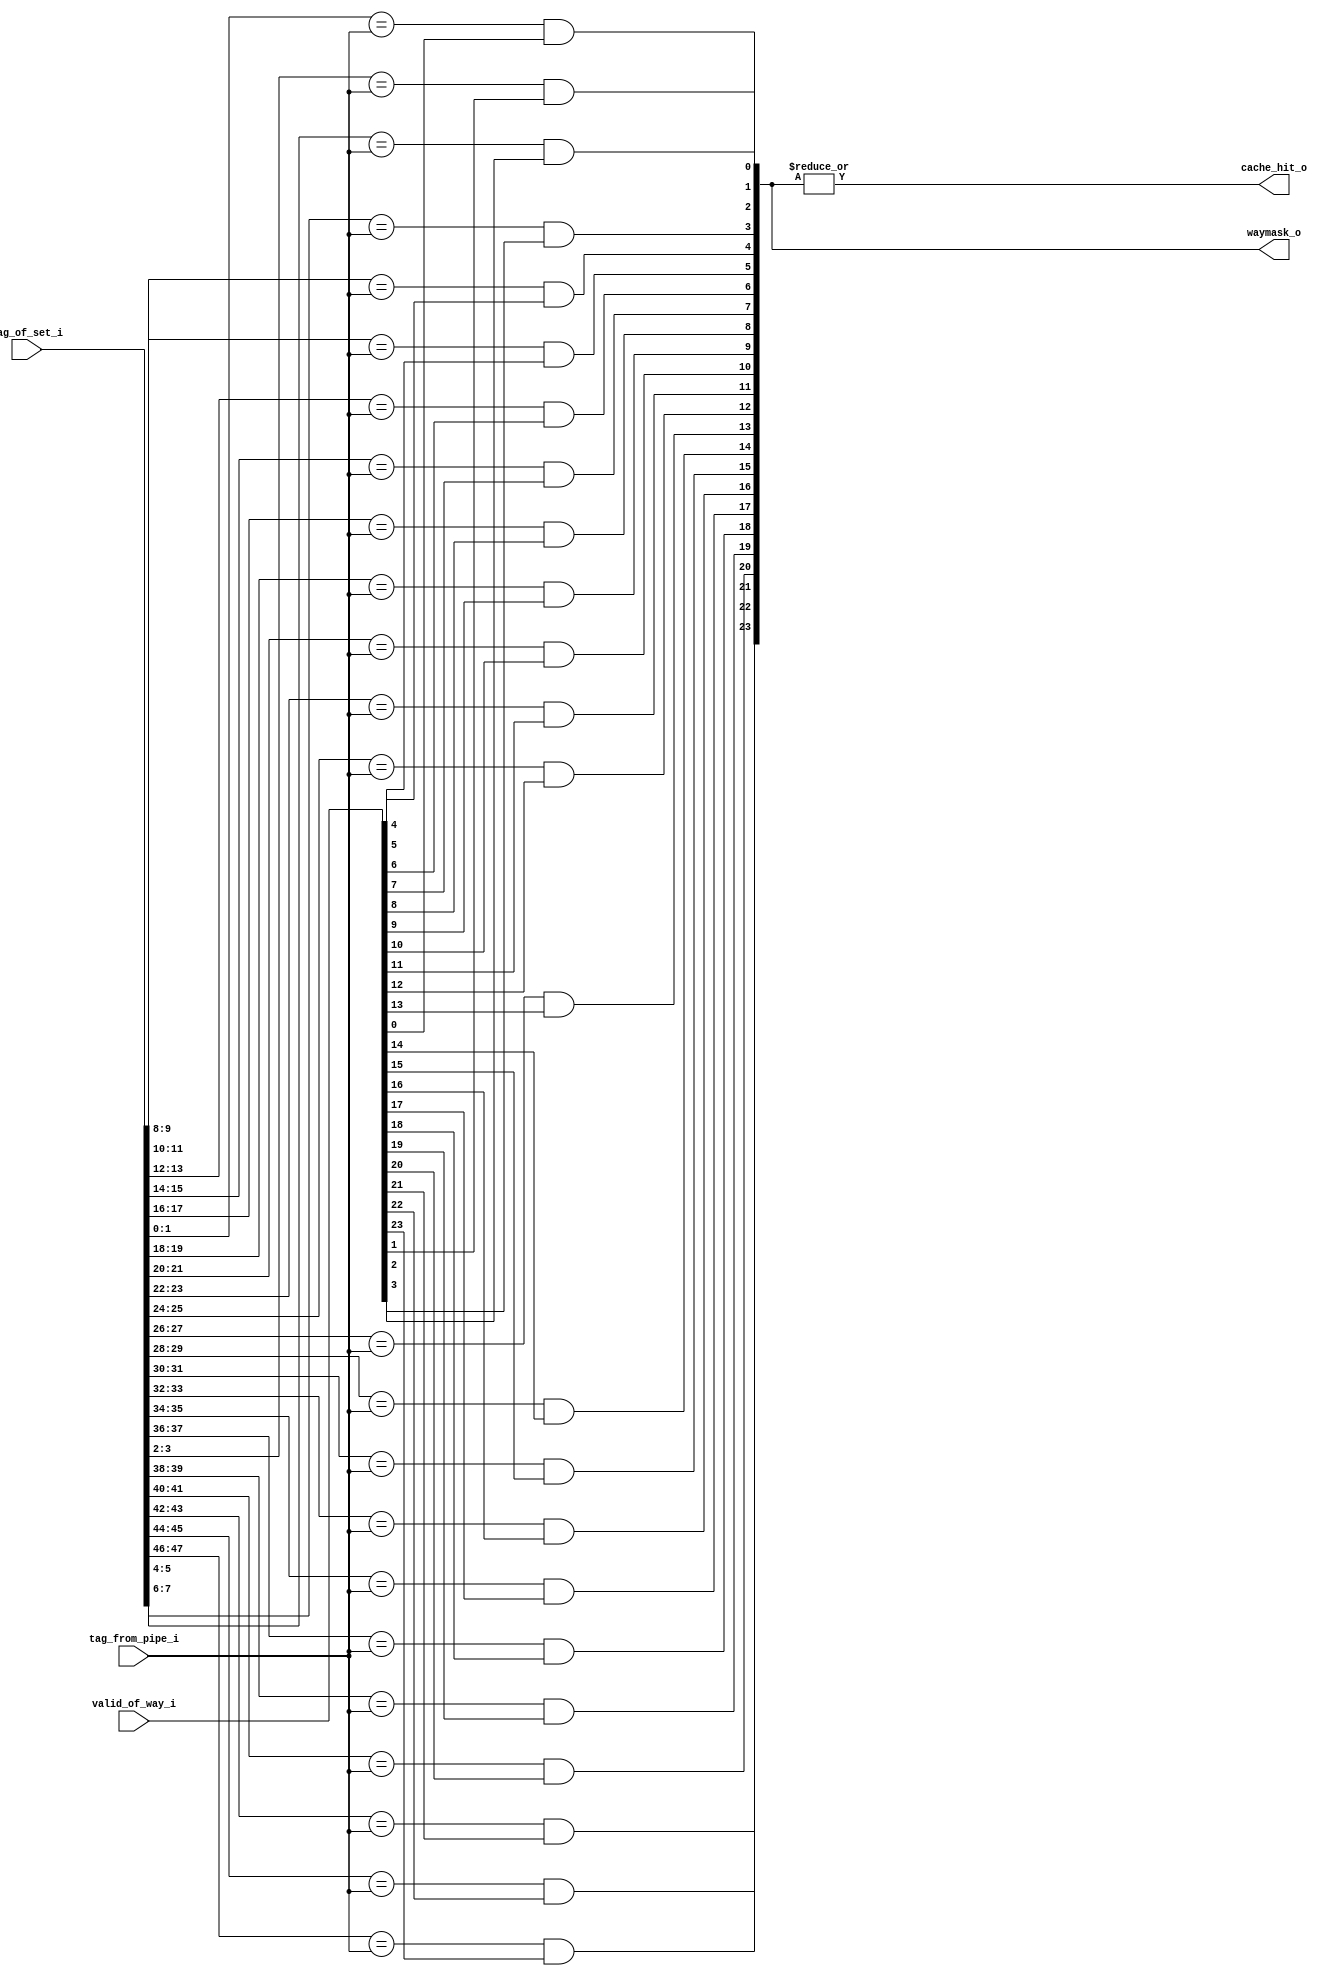
/*
 * Copyright (c) 2023-2024 C*Core Technology Co.,Ltd,Suzhou.
 * Ventus-RTL is licensed under Mulan PSL v2.
 * You can use this software according to the terms and conditions of the Mulan PSL v2.
 * You may obtain a copy of Mulan PSL v2 at:
 *          http://license.coscl.org.cn/MulanPSL2
 * THIS SOFTWARE IS PROVIDED ON AN "AS IS" BASIS, WITHOUT WARRANTIES OF ANY KIND,
 * EITHER EXPRESS OR IMPLIED, INCLUDING BUT NOT LIMITED TO NON-INFRINGEMENT,
 * MERCHANTABILITY OR FIT FOR A PARTICULAR PURPOSE.
 * See the Mulan PSL v2 for more details. */
// Description:
`timescale 1ns/1ps

module tag_checker #(
  parameter NUM_WAY   = 24   ,
  parameter TAG_BITS  = 2     
)
(
  //input                           clk                 ,
  //input                           rst_n               ,
  input   [TAG_BITS*NUM_WAY-1:0]  tag_of_set_i        ,
  input   [TAG_BITS-1:0]          tag_from_pipe_i     ,
  input   [NUM_WAY-1:0]           valid_of_way_i      ,
  output  [NUM_WAY-1:0]           waymask_o           , //  onehot
  output                          cache_hit_o          

);

  genvar i;
  generate
    for(i=0; i<NUM_WAY; i=i+1) begin:way_loop
      assign waymask_o[i] = tag_of_set_i[TAG_BITS*(i+1)-1-:TAG_BITS]==tag_from_pipe_i && valid_of_way_i[i];
    end
  endgenerate

  assign  cache_hit_o = |waymask_o;


endmodule